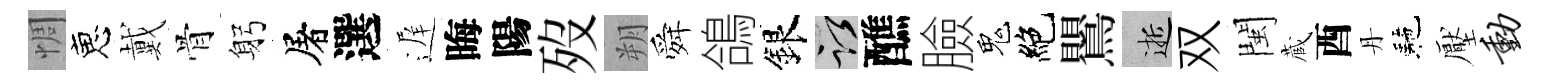
惆恵戴骨躬屠選遅晦陽歿朔舜鴿銀謹醮臉鬼絶鸎逝双閩蔵酉丹駰壓动